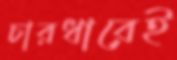
চারধারেই